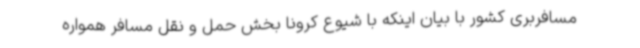
مسافربری کشور با بیان اینکه با شیوع کرونا بخش حمل و نقل مسافر همواره